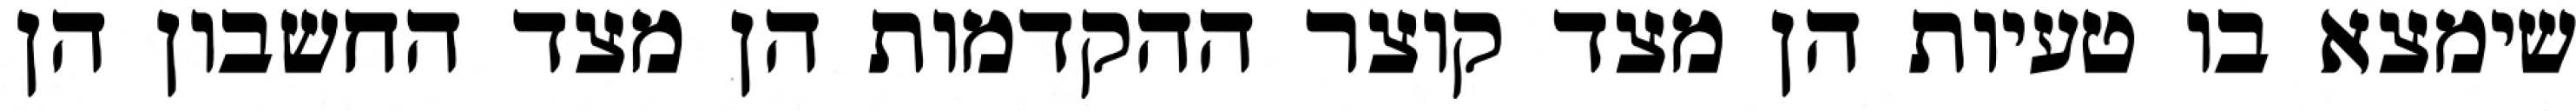
שימצא בו טעיות הן מצד קוצר ההקדמות הן מצד החשבון הן